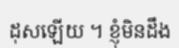
ដុសឡើយ ។ ខ្ញុំមិនដឹង